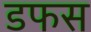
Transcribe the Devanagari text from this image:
डफस